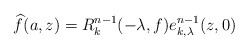
\begin{align*} \widehat{f}(a,z) = R_k^{n-1}(-\lambda, f) e_{k,\lambda}^{n-1}(z,0) \end{align*}